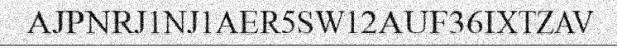
AJPNRJ1NJ1AER5SW12AUF36IXTZAV